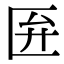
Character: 匥